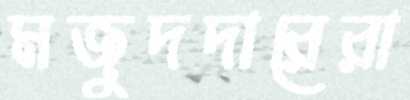
মজুদদারেরা